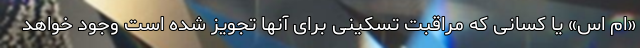
«ام اس» یا کسانی که مراقبت تسکینی برای آنها تجویز شده است وجود خواهد